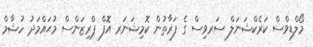
މޯލްޑިވްސް ކަރެކްޝަނަލް ސަރވިސް ގެ ފަރާތުން ކޮމިޝަނަރ އޮފް ޕްރިޒަންސް މުޙައްމަދު ހުޝާމް